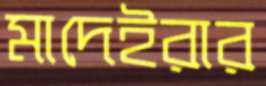
মাদেইরার